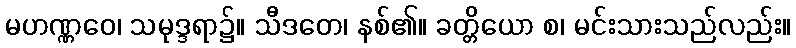
မဟဏ္ဏဝေ၊ သမုဒ္ဒရာ၌။ သီဒတေ၊ နစ်၏။ ခတ္တိယော စ၊ မင်းသားသည်လည်း။